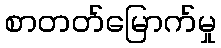
စာတတ်မြောက်မှု